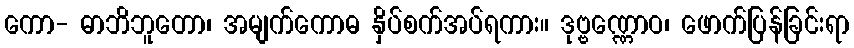
ကော- ဓာဘိဘူတော၊ အမျက်ကောဓ နှိပ်စက်အပ်ရကား။ ဒုဗ္ဗဏ္ဏောဝ၊ ဖောက်ပြန်ခြင်းရာ